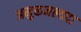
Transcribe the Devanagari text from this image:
अमुक्तमल्यदा